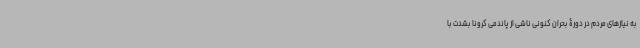
به نیازهای مردم در دورۀ بحران کنونی ناشی از پاندمی کرونا بشدت با